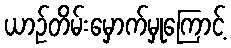
ယာဉ်တိမ်းမှောက်မှုကြောင့်